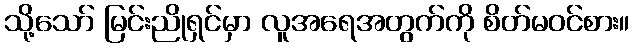
သို့သော် မြင်းညိုရှင်မှာ လူအရေအတွက်ကို စိတ်မဝင်စား။